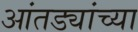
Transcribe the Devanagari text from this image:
आंतड्यांच्या